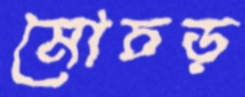
মোচড়